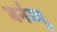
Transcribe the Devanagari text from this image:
बर्नब्यू